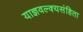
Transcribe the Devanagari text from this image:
याज्ञवल्क्यसंहिता